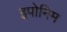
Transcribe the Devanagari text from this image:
इपोनिम